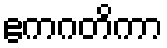
ဧကဂတိကာ